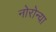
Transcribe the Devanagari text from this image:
नोरोन्या